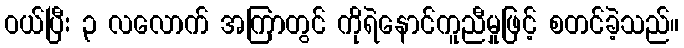
ဝယ်ပြီး ၃ လလောက် အကြာတွင် ကိုရဲနောင်ကူညီမှုဖြင့် စတင်ခဲ့သည်။